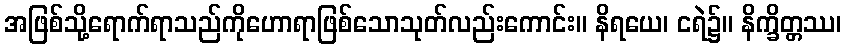
အဖြစ်သို့ရောက်ရာသည်ကိုဟောရာဖြစ်သောသုတ်လည်းကောင်း။ နိရယေ၊ ငရဲ၌။ နိက္ခိတ္တဿ၊